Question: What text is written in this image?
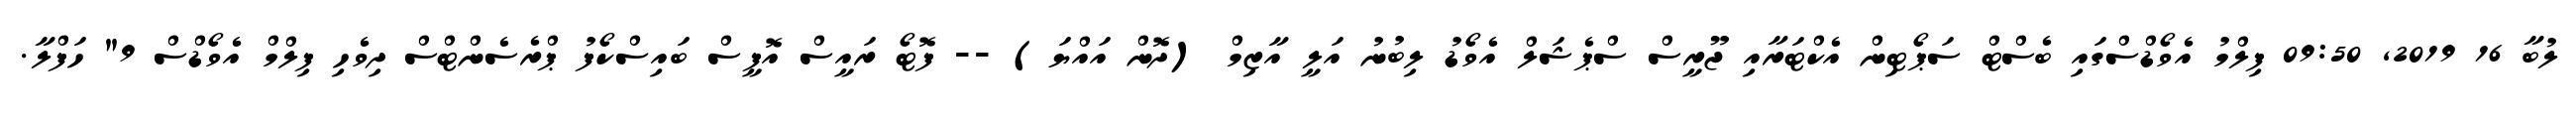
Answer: ލުބާ 16 2019, 09:50 ފިލްމު އެވޯޑްސްގައި ބެސްޓް ސަޕޯޓިން އެކްޓަރާއި ޖޫރީސް ސްޕެޝަލް އެވޯޑު ލިބުނު އަލީ އާޒިމް (ދޮން އައްޔަ) -- ފޮޓޯ ރައީސް އޮފީސް ބައިސްކޯފު ޕްރެސެންޓްސް ދިވެހި ފިލްމް އެވޯޑްސް 9" ހަފްލާ.